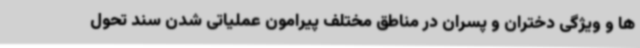
ها و ویژگی دختران و پسران در مناطق مختلف پیرامون عملیاتی شدن سند تحول